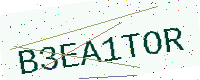
Text: B3EA1TOR